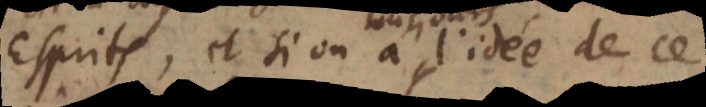
esprits, et si on a l’idée de ce